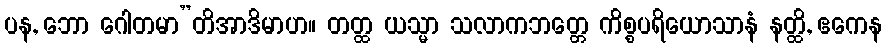
ပန, ဘော ဂေါတမာ”တိအာဒိမာဟ။ တတ္ထ ယသ္မာ သလာကဘတ္တေ ကိစ္စပရိယောသာနံ နတ္ထိ, ဧကေန